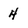
Character: 4